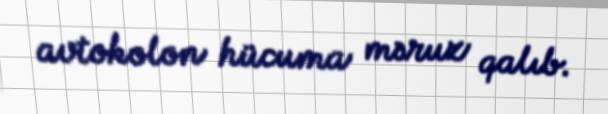
avtokolon hücuma məruz qalıb.